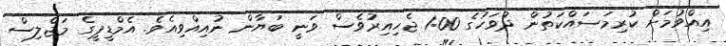
އިއްވުމަށް ކުރިމަސައްކަތުން ދުވަހުގެ 1:00 ޖެހިއިރުވެސް ވަނީ ބަޔާން ނުއިއްވިއެވެ. އެމްޑީޕީގެ މަޖްލިސް